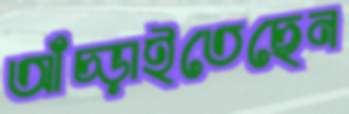
আঁচ্‌ড়াইতেছেন